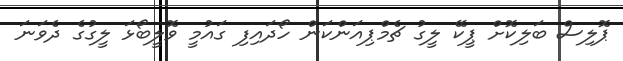
ޕޮލިސް ބަލިކޮށް ޕީކޭ ލީގު ޗެމްޕިއަންކަން ހޯދައިފި ގައުމީ ވޮލީބޯޅަ ލީގުގެ ދެވަނަ